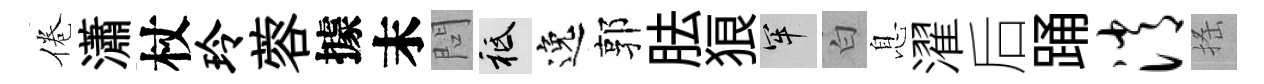
倦瀟杖玲蓉據末問祇逸郭胠狼牢白息濯后踊消搖